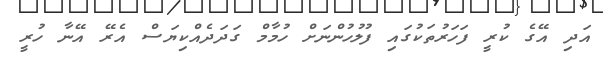
އަދި އޭގެ ކުރީ ފަހަރުތަކުގައި ފުލުހުންނަށް ހުމާމް ގަދަދެއްކިޔަސް އެރޭ އޭނާ ހުރީ